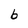
Character: b